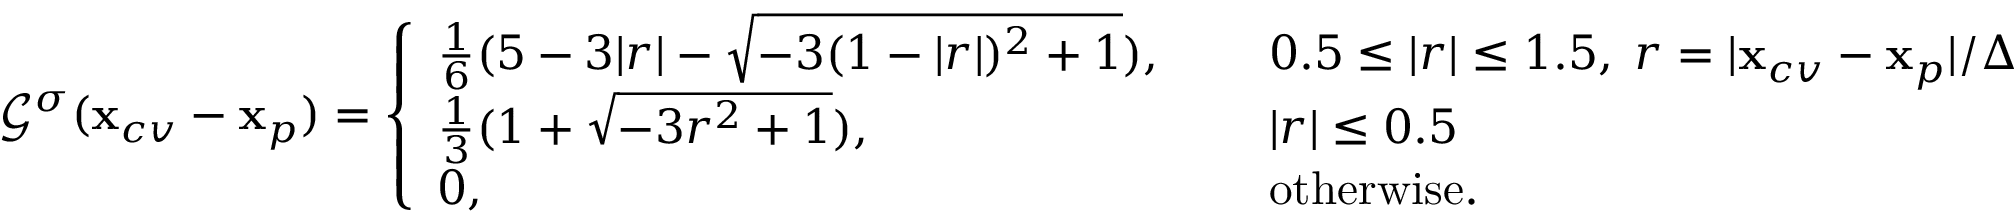
{ \mathcal G } ^ { \sigma } ( \mathbf { x } _ { c v } - \mathbf { x } _ { p } ) = \left\{ \begin{array} { l l } { \frac { 1 } { 6 } ( 5 - 3 | r | - \sqrt { - 3 ( 1 - | r | ) ^ { 2 } + 1 } ) , } & { ~ ~ ~ ~ 0 . 5 \leq | r | \leq 1 . 5 , \; r = | \mathbf { x } _ { c v } - \mathbf { x } _ { p } | / { \Delta } } \\ { \frac { 1 } { 3 } ( 1 + \sqrt { - 3 r ^ { 2 } + 1 } ) , } & { ~ ~ ~ ~ | r | \leq 0 . 5 } \\ { 0 , } & { ~ ~ ~ ~ \mathrm { o t h e r w i s e . } } \end{array} \right.